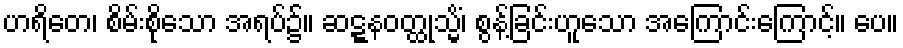
ဟရိတေ၊ စိမ်းစိုသော အရပ်၌။ ဆဋ္ဋနဝတ္ထုသ္မိံ၊ စွန့်ခြင်းဟူသော အကြောင်းကြောင့်။ ပေ။